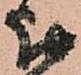
被